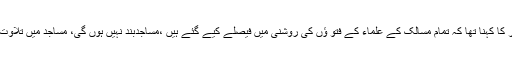
وزیر برائے مذہبی امور کا کہنا تھا کہ تمام مسالک کے علماء کے فتو ؤں کی روشنی میں فیصلے کیے گئے ہیں ،مساجدبند نہیں ہوں گی، مساجد میں تلاوت، ذکر و اذکار ہوں گے۔